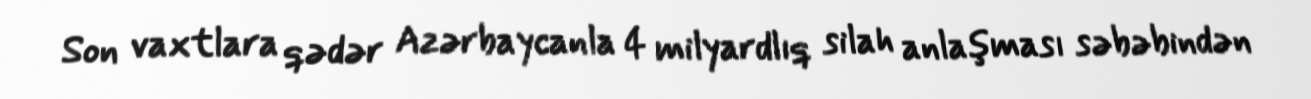
Son vaxtlara qədər Azərbaycanla 4 milyardlıq silah anlaşması səbəbindən